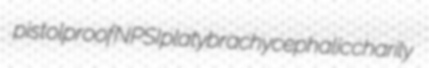
pistolproof NPSI platybrachycephalic charily